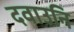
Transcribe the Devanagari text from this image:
दवाउनि